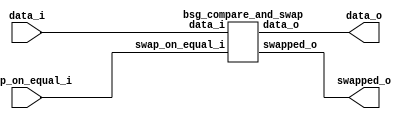


module top
(
  data_i,
  swap_on_equal_i,
  data_o,
  swapped_o
);

  input [127:0] data_i;
  output [127:0] data_o;
  input swap_on_equal_i;
  output swapped_o;

  bsg_compare_and_swap
  wrapper
  (
    .data_i(data_i),
    .data_o(data_o),
    .swap_on_equal_i(swap_on_equal_i),
    .swapped_o(swapped_o)
  );


endmodule



module bsg_compare_and_swap
(
  data_i,
  swap_on_equal_i,
  data_o,
  swapped_o
);

  input [127:0] data_i;
  output [127:0] data_o;
  input swap_on_equal_i;
  output swapped_o;
  wire [127:0] data_o;
  wire swapped_o,N0,N1,N2;
  assign swapped_o = data_i[63:0] > data_i[127:64];
  assign data_o = (N0)? { data_i[63:0], data_i[127:64] } : 
                  (N1)? data_i : 1'b0;
  assign N0 = swapped_o;
  assign N1 = N2;
  assign N2 = ~swapped_o;

endmodule